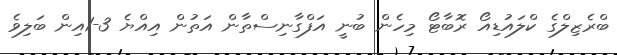
ބްރެޒިލްގެ ކްލައުޑިއޯ ރޮބާޓޯ މިހެން ބުނީ އަފްގާނިސްތާން އަތުން އިއްޔެ 3-1އިން ބަލިވެ